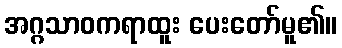
အဂ္ဂသာဝကရာထူး ပေးတော်မူ၏။